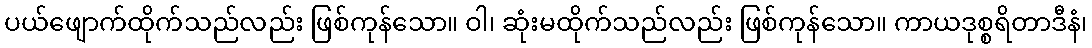
ပယ်ဖျောက်ထိုက်သည်လည်း ဖြစ်ကုန်သော။ ဝါ၊ ဆုံးမထိုက်သည်လည်း ဖြစ်ကုန်သော။ ကာယဒုစ္စရိတာဒီနံ၊